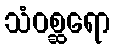
သံဝစ္ဆရော